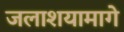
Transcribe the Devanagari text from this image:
जलाशयामागे